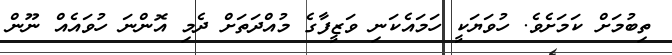
ތިބުމަށް ކަމަށެވެ. ހުވަޔަކީ ހަމައެކަނި ވަޒީފާގެ މުއްދަތަށް ދެމި އޮންނަ ހުވައެއް ނޫން